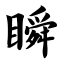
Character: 瞬